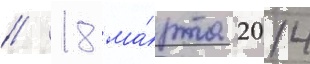
// 18 ма́рта 2014